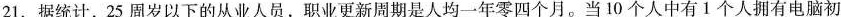
21.据统计，25周岁以下的从业人员，职业更新周期是人均一年零四个月。当10个人中有1个人拥有电脑初